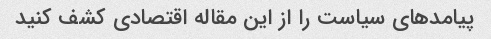
پیامدهای سیاست را از این مقاله اقتصادی کشف کنید